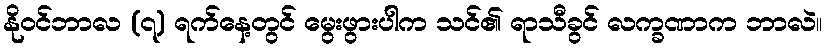
နိုဝင်ဘာလ (၇) ရက်နေ့တွင် မွေးဖွားပါက သင်၏ ရာသီခွင် လက္ခဏာက ဘာလဲ။